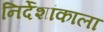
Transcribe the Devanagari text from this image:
निर्देशांकाला